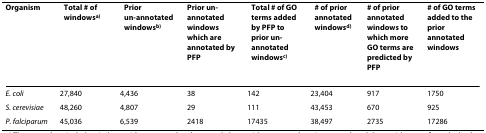
<table><thead><tr><td><b>Organism</b></td><td><b>Total # of windows <sup>a)</sup></b></td><td><b>Prior un-annotated windows <sup>b)</sup></b></td><td><b>Prior un-annotated windows which are annotated by PFP</b></td><td><b>Total # of GO terms added by PFP to prior un-annotated windows <sup>c)</sup></b></td><td><b># of prior annotated windows <sup>d)</sup></b></td><td><b># of prior annotated windows to which more GO terms are predicted by PFP</b></td><td><b># of GO terms added to the prior annotated windows</b></td></tr></thead><tbody><tr><td><i>E. coli</i></td><td>27,840</td><td>4,436</td><td>38</td><td>142</td><td>23,404</td><td>917</td><td>1750</td></tr><tr><td><i>S. cerevisiae</i></td><td>48,260</td><td>4,807</td><td>29</td><td>111</td><td>43,453</td><td>670</td><td>925</td></tr><tr><td><i>P. falciparum</i></td><td>45,036</td><td>6,539</td><td>2418</td><td>17435</td><td>38,497</td><td>2735</td><td>17286</td></tr></tbody></table>